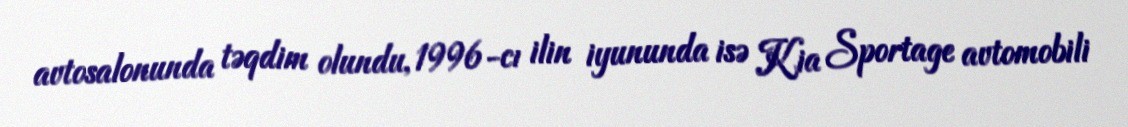
avtosalonunda təqdim olundu, 1996-cı ilin iyununda isə Kia Sportage avtomobili